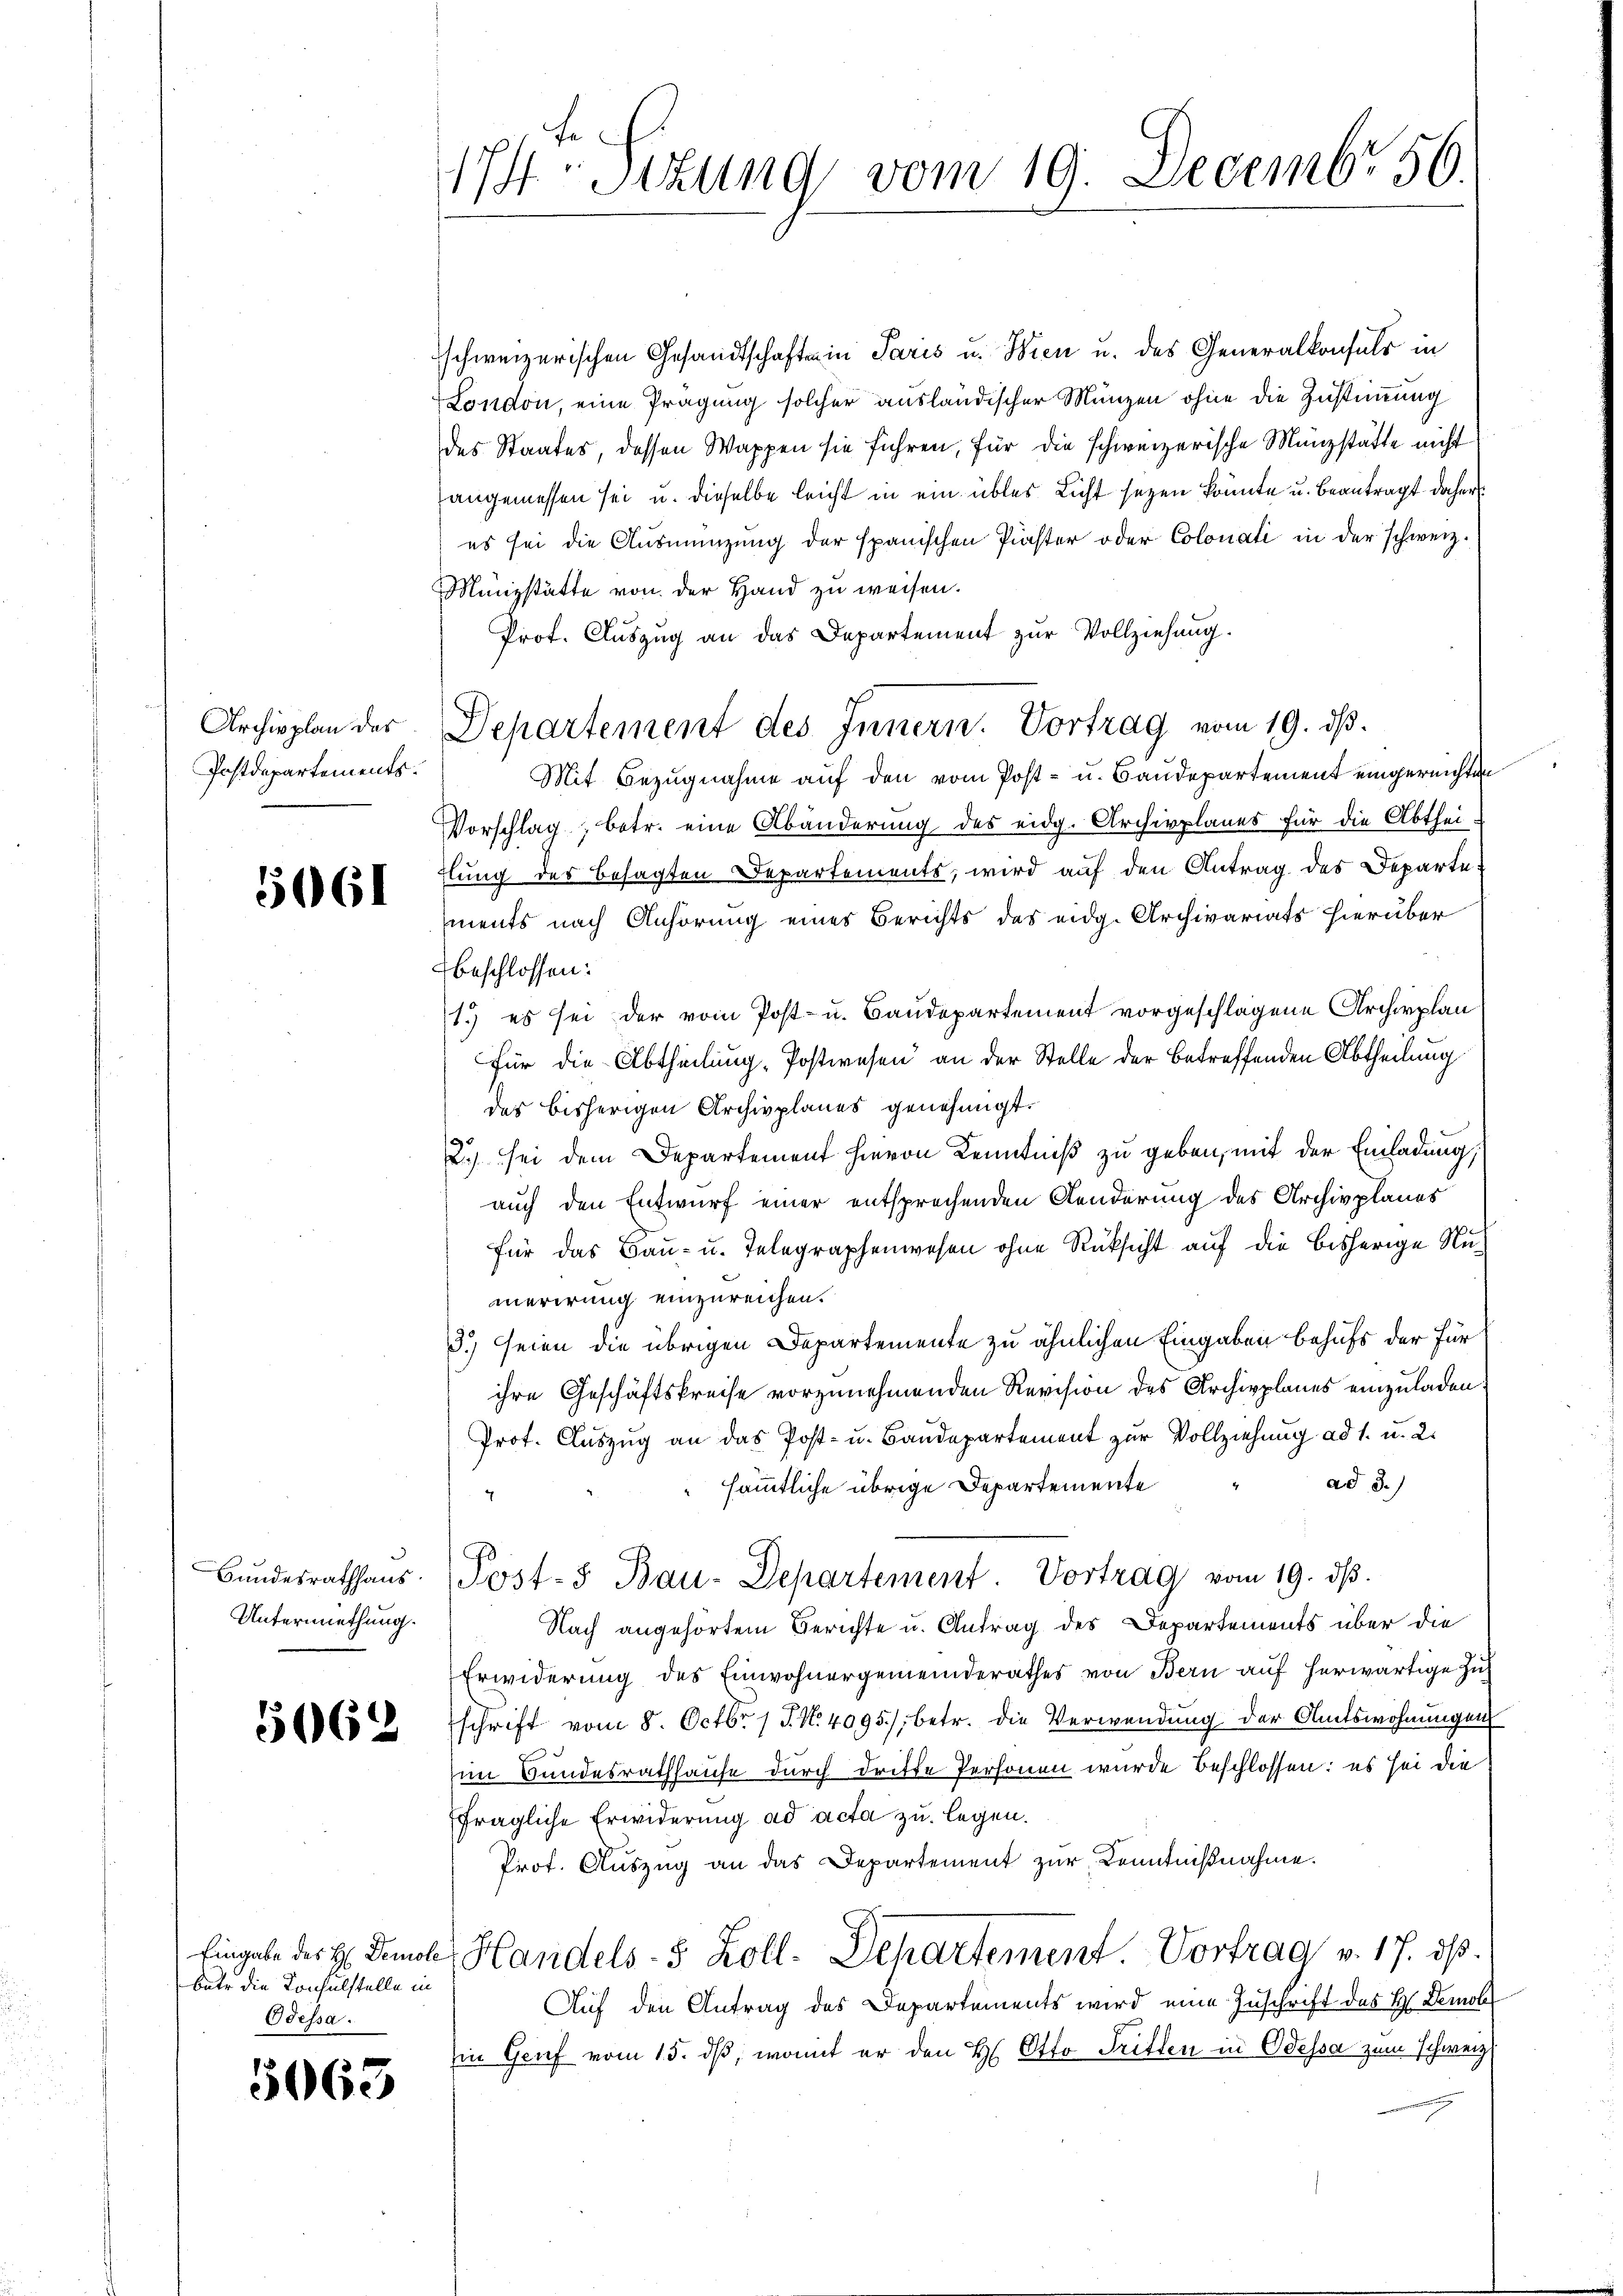
Archivplan der
Postdepartements.

5061

Bundesrathhaus.
Untermiethung.

5062

bäte die Konsulstelle in
Odessa.

5063

174-Sizung, vom 19. Decembr 50.

schweizerischen Gesandtschaften in Paris u. Wien u. des Generalkonsuls in
London, eine Prägung solcher ausländischer Münzen ohne die Zustimmung
des Staates, dessen Wappen sie führen, für die schweizerische Münzstätte nicht
angemessen sei u. dieselbe leicht in ein übles Licht seyen könnte u. beantragt daher
es sei die Ausmenzung der spanischen Pister oder Colonati in der schweiz.
Münzstätte von der Hand zu weisen.
Prof. Auszug an das Departement zur Vollziehung.
Mit Bezugnahme auf den vom Post- u. Baudepartement eingereichten
Vorschlag, betr. eine Abänderung des eidg. Archivplanes für die Abtheiflung des besagten Departements, wird auf den Antrag des Departe:
ments nach Anhörung eines Berichts des eidg. Archivariats hierüber
beschlossen:
1.) es sei der vom Post- u. Baudepartement vorgeschlagene Archivplan
für die Abtheilung Postwesen an der Stelle der betreffenden Abtheilung
das bisherigen Archivplanes genehmigt.
2.) sei dem Departement hievon Kenntniß zu geben, mit der Einladung,
auch den Entwurf einer entsprechenden Aenderung des Archivplanes
für das Bau- u. Telegraphenwesen ohne Rüksicht auf die bisherige Numerirung einzureichen.
3.) seien die übrigen Departemente zu ähnlichen Eingaben behufs der für
ihre Geschäftskreise vorzunehmenden Revision des Archivplanes einzuladen:
Prot. Auszug an das Post- u. Baudepartement zur Vollziehung ad 1. u. 2.
ad 3.)
sämmtliche übrige Departemente
Post- & Bau-Departement. Vortrag vom 19. ds.
Nach angehörtem Berichte u. Antrag des Departements über die
Erwiderung des Einwohnergemeinderathes von Bern auf herwärtige Zuschrift vom 8. Octbr. 17. No. 4095), betr. die Verwendung der Amtswohnungen
im Bundesrathhause durch dritte Personen wurde beschlossen: es sei die
fragliche Erwiderung ad acta zu legen.
Prof. Auszug an das Departement zur Kenntnißnahme.
Eingabe der H. Demol Handels- 5 Zoll. Departement Vortrag v. 17. dβ.
Auf den Antrag des Departements wird eine Zuschrift des H. Demol
in Genf vom 15. dß, womit er den H. Otto Tritten in Odessa zum Schweiz.

Departement des Innern. Vortrag vom 19. ds.